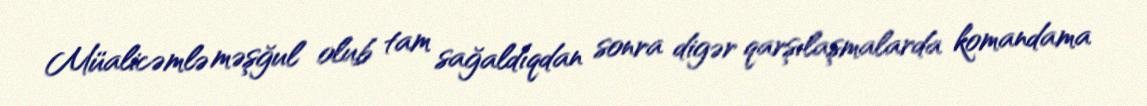
Müalicəmlə məşğul olub tam sağaldıqdan sonra digər qarşılaşmalarda komandama